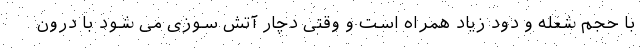
با حجم شعله و دود زیاد همراه است و وقتی دچار آتش سوزی می شود با درون